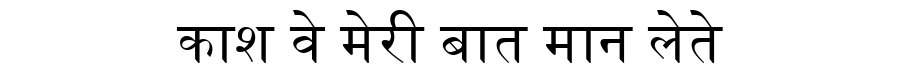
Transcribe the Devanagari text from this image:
काश वे मेरी बात मान लेते